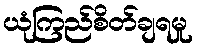
ယုံကြည်စိတ်ချရမှု